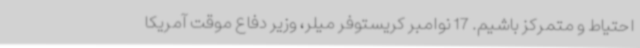
احتیاط و متمرکز باشیم. 17 نوامبر کریستوفر میلر، وزیر دفاع موقت آمریکا